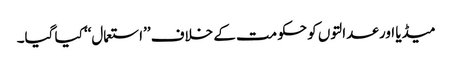
میڈیا اور عدالتوں کو حکومت کے خلاف ’’استعمال‘‘ کیا گیا۔